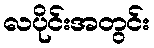
လပိုင်းအတွင်း